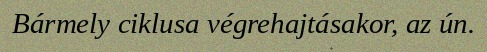
Bármely ciklusa végrehajtásakor, az ún.